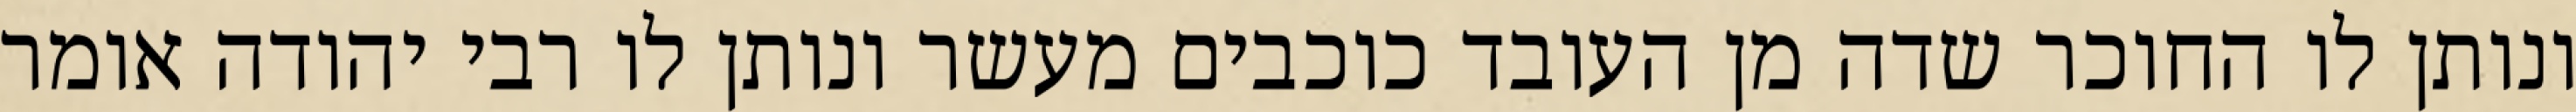
ונותן לו החוכר שדה מן העובד כוכבים מעשר ונותן לו רבי יהודה אומר